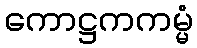
ကောဋ္ဌကကမ္မံ